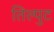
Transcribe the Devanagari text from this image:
तिल्पुट